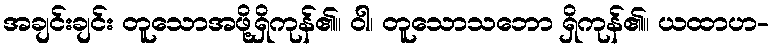
အချင်းချင်း တူသောအဖို့ရှိကုန်၏။ ဝါ၊ တူသောသဘော ရှိကုန်၏။ ယထာဟ-